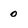
Character: 0